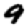
Digit: 9